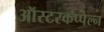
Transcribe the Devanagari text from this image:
ऑस्टरकप्पेल्न